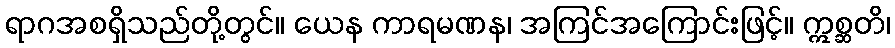
ရာဂအစရှိသည်တို့တွင်။ ယေန ကာရမဏန၊ အကြင်အကြောင်းဖြင့်။ ဣစ္ဆတိ၊